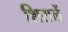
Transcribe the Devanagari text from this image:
शिराळें